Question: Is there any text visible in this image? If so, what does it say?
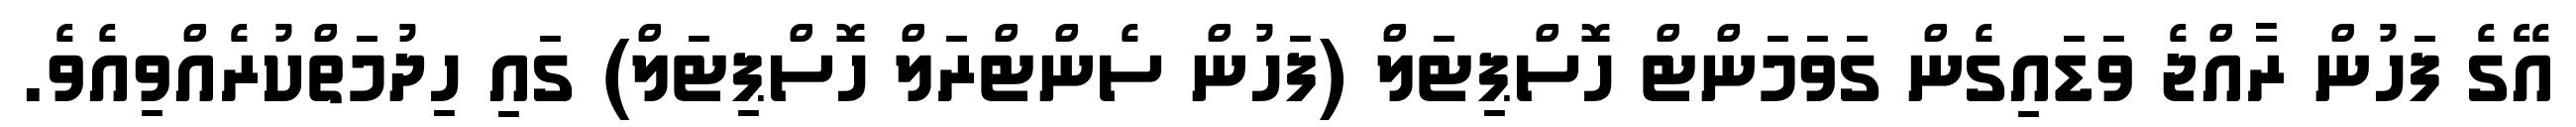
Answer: އޭގެ ފަހުން ރާއްޖެ ވަޑައިގެން ގަވަމަންޓް ހޮސްޕިޓަލް (ފަހުން ސެންޓްރަލް ހޮސްޕިޓަލް) ގައި ހިދުމަތްކުރެއްވިއެވެ.